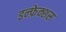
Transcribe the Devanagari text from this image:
इन्फ़ेक्शस